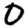
Digit: 0